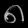
Digit: ၈